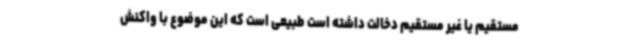
مستقیم یا غیر مستقیم دخالت داشته است طبیعی است که این موضوع با واکنش